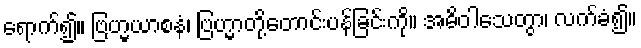
ရောက်၍။ ဗြဟ္မယာစနံ၊ ဗြဟ္မာတို့တောင်းပန်ခြင်းကို။ အဓိဝါသေတွာ၊ လက်ခံ၍။